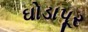
ઘોડાપૂર